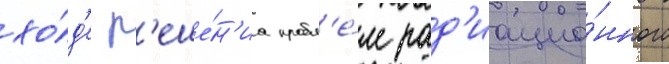
хо́д'е р'еше́н'иа пробл'е́м рад'иацио́нного